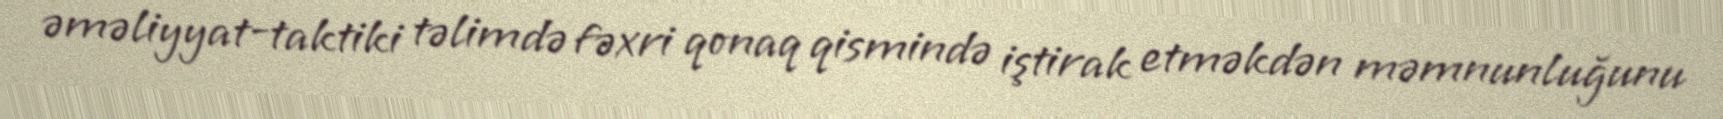
əməliyyat-taktiki təlimdə fəxri qonaq qismində iştirak etməkdən məmnunluğunu